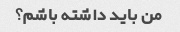
من باید داشته باشم؟